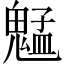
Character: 𫙍